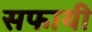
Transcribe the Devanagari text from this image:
सफायी